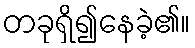
တခုရှိ၍နေခဲ့၏။